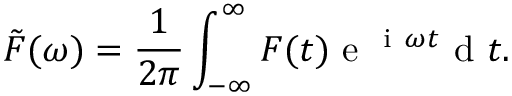
\tilde { F } ( \omega ) = \frac { 1 } { 2 \pi } \int _ { - \infty } ^ { \infty } F ( t ) \mathrm { ~ e ~ } ^ { \mathrm { ~ i ~ } \omega t } \mathrm { ~ d ~ } t .